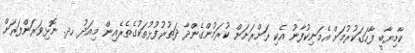
ކާމިޔާބީ ފާހަގަކުރުމަށް އެމަނިކުފާނު އެކި ރަށްރަށަށް ކުރަމުންގެންދާ ދަތުރުފުޅުތަކުގެތެރެއިން މިއަދު ހދ. ނޮޅިވަރަންފަރަށް